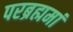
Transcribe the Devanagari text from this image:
परब्रह्ममां